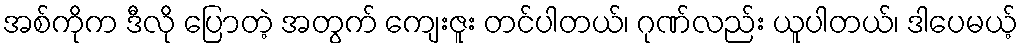
အစ်ကိုက ဒီလို ပြောတဲ့ အတွက် ကျေးဇူး တင်ပါတယ်၊ ဂုဏ်လည်း ယူပါတယ်၊ ဒါပေမယ့်